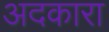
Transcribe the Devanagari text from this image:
अदकारा